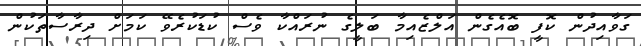
ގަވާއިދުން ކޮފީ ބޮއެގެން އަލްޒެއިމާ ބަލީގެ ނުރައްކާ ވެސް ކުޑަކުރެވޭ ކަމަށް ދިރާސާތަކުން